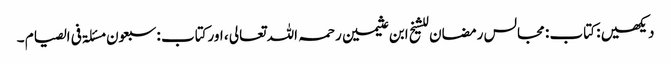
دیکھیں : کتاب : مجالس رمضان للشیخ ابن عثیمین رحمہ اللہ تعالی ، اورکتاب : سبعون مسئلۃ فی الصیام ۔